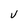
Character: V